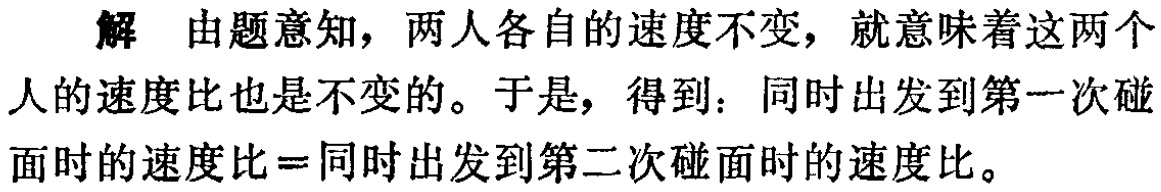
解 由题意知，两人各自的速度不变，就意味着这两个人的速度比也是不变的。于是，得到：同时出发到第一次碰面时的速度比=同时出发到第二次碰面时的速度比。